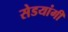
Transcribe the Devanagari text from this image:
सेडयांगी